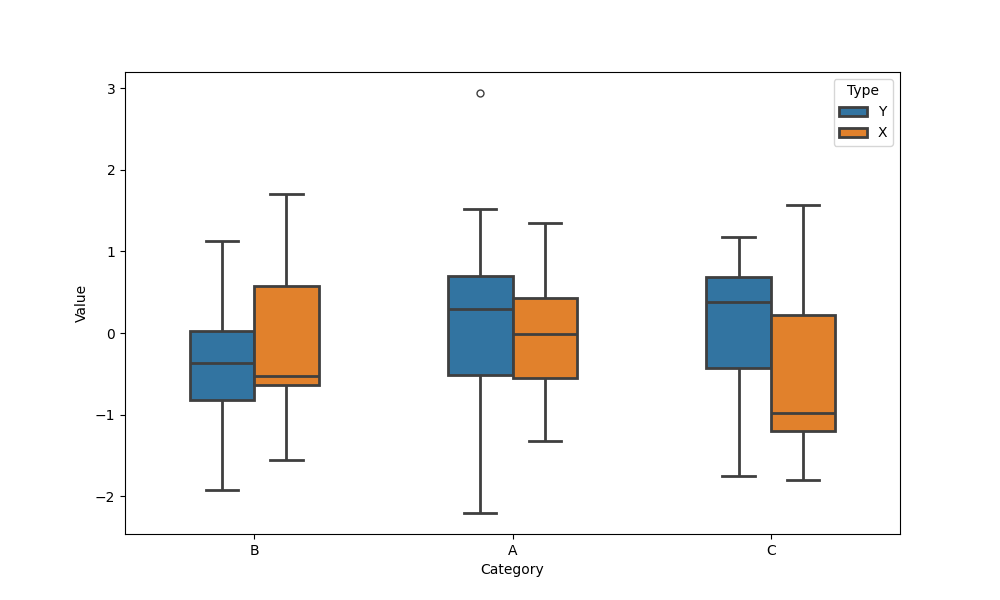
python, seaborn, boxplot, width=0.5, linewidth=2, fliersize=5, notch=False